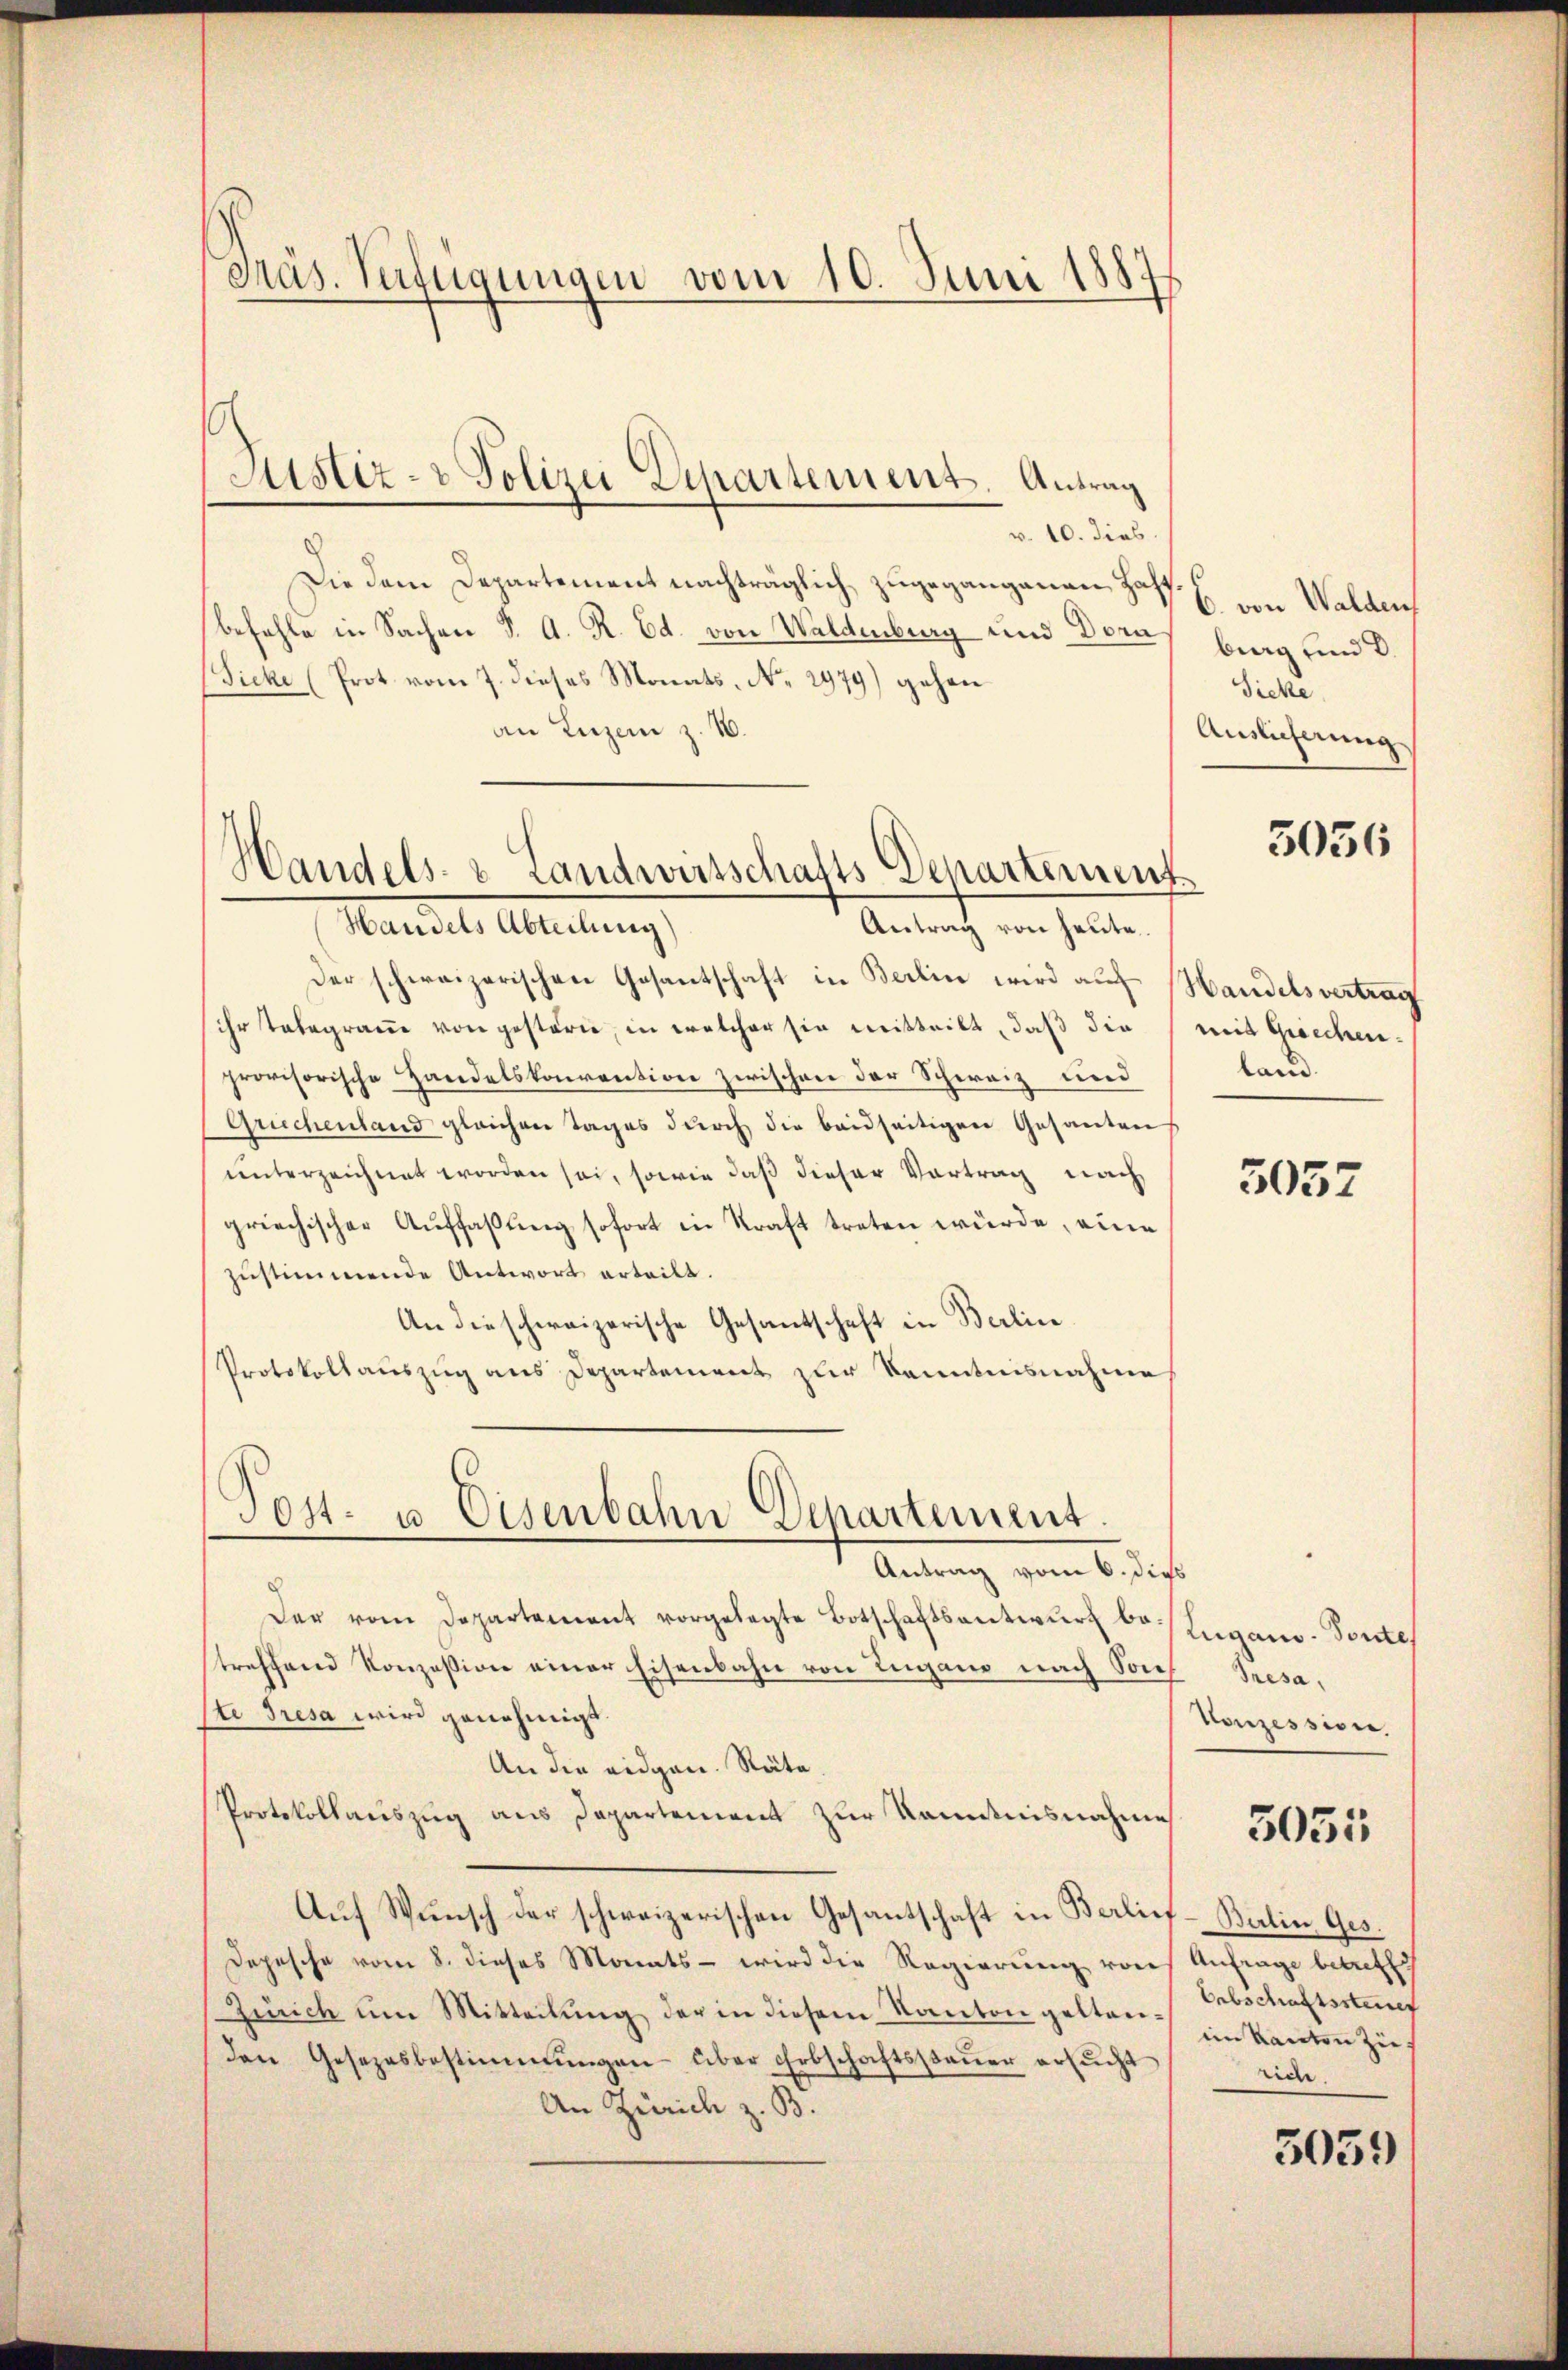
Präs. Verfügungen vom 10. Juni 1887

v. 10. dies
Die dem Departement nachträglich zugegangenen Jos. E. von Walden
befehle in Sachen d. A. R. Ed. von Waldenburg und Dorn
(Sicke (Prot vom 7. dieses Monats No. 2979) gehen
an Luzern z. B.
Handels- & Landwirtschafts-Departement

Justiz- & Polizei Departement. Antrag

Mandel Alleitung,
Antrag von heute.

Der schweizerischen Gesantschaft in Berlin wird auf Handelsvertrag
ihr Telegramme von gesterne, in welcher sie mitteilt, daß die mit Griechen:
provisorische Handelskonvention zwischen der Schweiz und
Grüchenland gleichen Tages durch die beidseitigen Gesanden
unterzeichnet worden sei, sowie daß dieser Vortrag nach
griechischer Auffaßung sofort in Kraft treten würde, eine
zustimmende Antwort erteilt.
An die schweizerische Gesandschaft in Berline
Protokoll aŭszŭg ans Departement zur Kenntnisnahme

Post- u. Eisenbahn Departement.
Antrag vom 6. dies

Der vom Departement vorgelegte Botschaftsentwŭrf bo Zugano - Ponte
treffend Konzession einer Eisenbahn von Lugano nach Sach
te Tresa wird genehmigt.
An die eidgen. Räte
Protokollauszug aus Departement zur Kenntnisnahme
Aŭf Wŭnsch der schweizerischen Gesantschaft in Berlief-Balin Ges.
Depesche vom 8. dieses Monats - wird die Regierŭng von Anfrage betreffich
Zürich um Mitteilung der in diesem Kanton gelten in kanton zieden Gesezesbestimmungen über Erbschaftssteŭer ersŭcht
An Zürich z. B.

burg und 2.
Sicke
Auslicherung

3056

land.

5052

Tresa
Konzession.
Erbschaftssteuer
bre

3055

3059